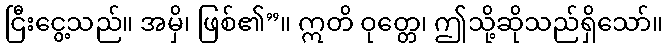
ငြီးငွေ့သည်။ အမှိ၊ ဖြစ်၏”။ ဣတိ ဝုတ္တေ၊ ဤသို့ဆိုသည်ရှိသော်။